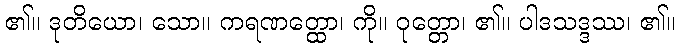
၏။ ဒုတိယော၊ သော။ ကရဏတ္ထော၊ ကို။ ဝုတ္တော၊ ၏။ ပါဒသဒ္ဒဿ၊ ၏။